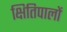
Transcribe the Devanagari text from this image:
क्षितिपालों